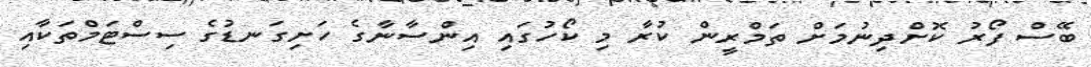
ބޭސް ފޯރު ކޮށްދިނުމަށް ތަމްރީން ކުރާ މި ކޯހުގައި އިންސާނާގެ ހަށިގަނޑުގެ ސިސްޓަމްތަކާއި